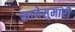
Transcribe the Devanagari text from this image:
खानेसुमारी